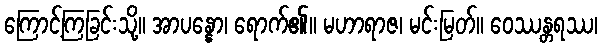
ကြောင့်ကြခြင်းသို့။ အာပန္နော၊ ရောက်၏။ မဟာရာဇ၊ မင်းမြတ်။ ဝေဿန္တရဿ၊